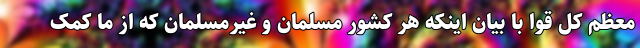
معظم کل قوا با بیان اینکه هر کشور مسلمان و غیرمسلمان که از ما کمک